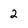
Character: 2